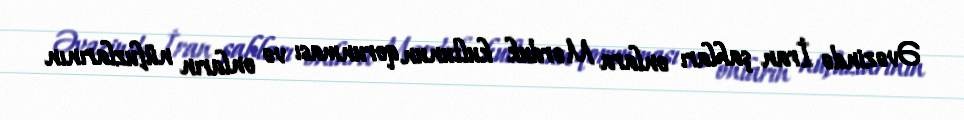
Əvəzində İran şahları onlara Mərduk kultunun qorunması və onların nüfuzlarının